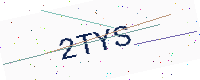
Text: 2TYS